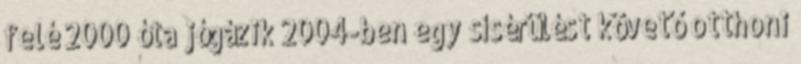
felé 2000 óta jógázik 2004-ben egy sísérülést követő otthoni